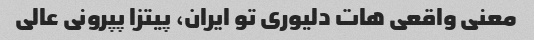
معنی واقعی هات دلیوری تو ایران، پیتزا پپرونی عالی